Problem: 88 + 68 = ?
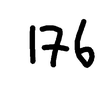
Handwritten answer: 176